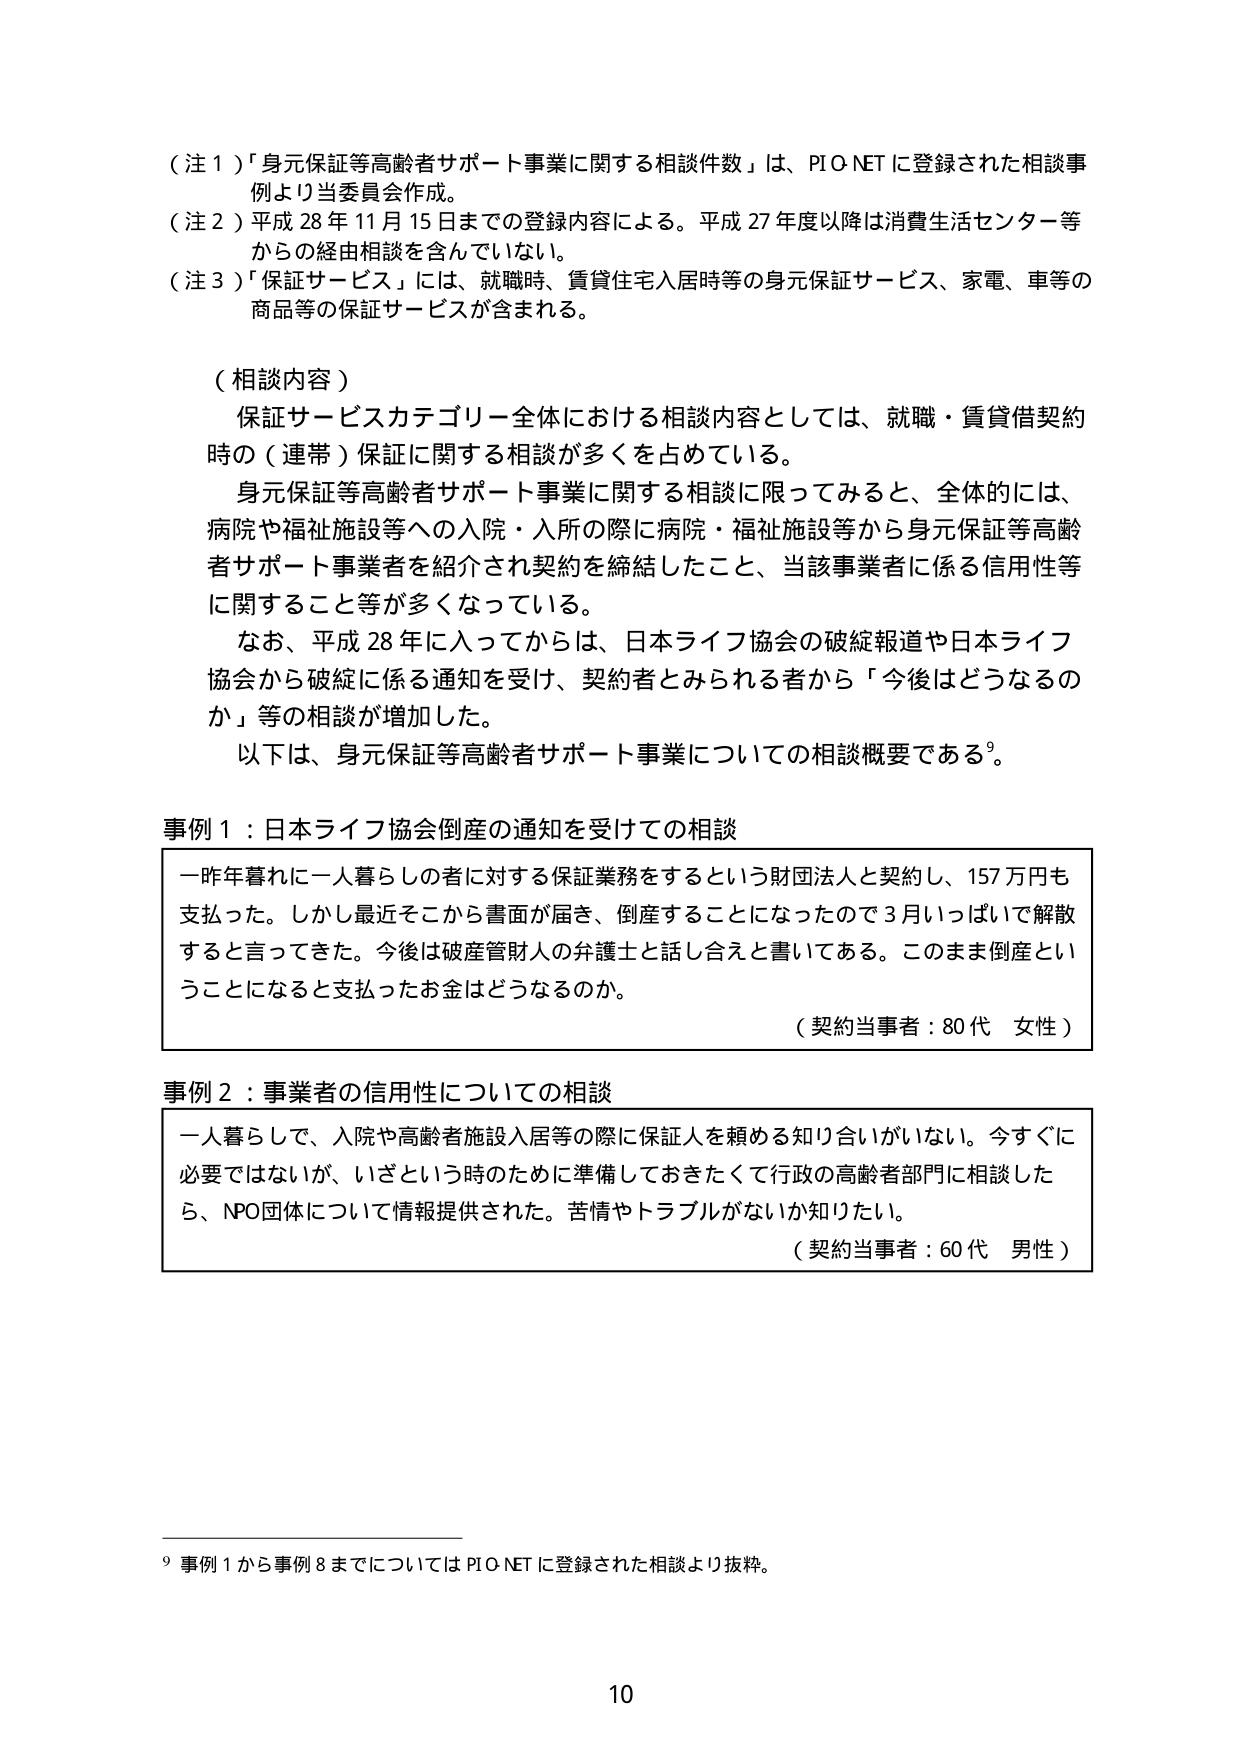
（注１）「身元保証等高齢者サポート事業に関する相談件数」は、PIO NET に登録された相談事例より当委員会作成。

（注２）平成 28 年 11 月 15 日までの登録内容による。平成 27 年度以降は消費生活センター等からの経由相談を含んでいない。

（注３）「保証サービス」には、就職時、賃貸住宅入居時等の身元保証サービス、家電、車等の商品等の保証サービスが含まれる。

（相談内容）
保証サービスカテゴリー全体における相談内容としては、就職・賃貸借契約時の（連帯）保証に関する相談が多くを占めている。
身元保証等高齢者サポート事業に関する相談に限ってみると、全体的には、病院や福祉施設等への入院・入所の際に病院・福祉施設等から身元保証等高齢者サポート事業者を紹介され契約を締結したこと、当該事業者に係る信用性等に関すること等が多くなっている。
なお、平成 28 年に入ってからは、日本ライフ協会の破綻報道や日本ライフ協会から破綻に係る通知を受け、契約者とみられる者から「今後はどうなるのか」等の相談が増加した。
以下は、身元保証等高齢者サポート事業についての相談概要である⁹。

事例１：日本ライフ協会倒産の通知を受けての相談
一昨年暮れに一人暮らしの者に対する保証業務をするという財団法人と契約し、157 万円も支払った。しかし最近そこから書面が届き、倒産することになったので 3 月いっぱいで解散すると言ってきた。今後は破産管財人の弁護士と話し合えと書いてある。このまま倒産ということになると支払ったお金はどうなるのか。
（契約当事者：80代 女性）

事例２：事業者の信用性についての相談
一人暮らしで、入院や高齢者施設入居等の際に保証人を頼める知り合いがいない。今すぐに必要ではないが、いざという時のために準備しておきたくて行政の高齢者部門に相談したら、NPO団体について情報提供された。苦情やトラブルがないか知りたい。
（契約当事者：60代 男性）

⁹ 事例１から事例８までについては PIO NET に登録された相談より抜粋。

10